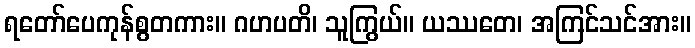
ရတော်ပေကုန်စွတကား။ ဂဟပတိ၊ သူကြွယ်။ ယဿတေ၊ အကြင်သင်အား။